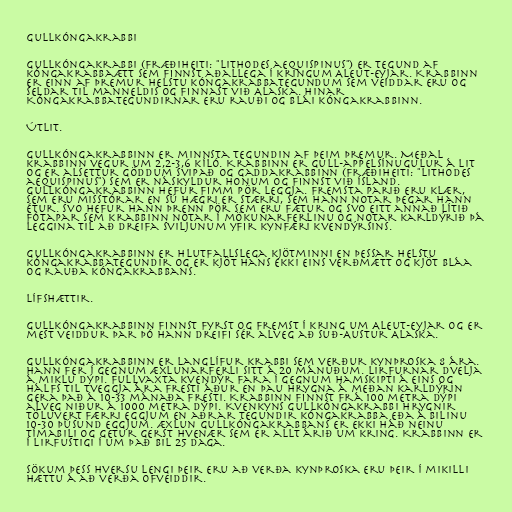
Gullkóngakrabbi

Gullkóngakrabbi (fræðiheiti: "Lithodes aequispinus") er tegund af
kóngakrabbaætt sem finnst aðallega í kringum Aleut-eyjar. Krabbinn
er einn af þremur helstu kóngakrabbategundum sem veiddar eru og
seldar til manneldis og finnast við Alaska. Hinar
Kóngakrabbategundirnar eru rauði og blái kóngakrabbinn.

Útlit.

Gullkóngakrabbinn er minnsta tegundin af þeim þremur. Meðal
krabbinn vegur um 2,2-3,6 kíló. Krabbinn er gull-appelsínugulur á lit
og er alsettur göddum svipað og gaddakrabbinn (fræðiheiti: "Lithodes
aequispinus") sem er náskyldur honum og finnst við Ísland.
Gullkóngakrabbinn hefur fimm pör leggja. Fremsta parið eru klær,
sem eru misstórar en sú hægri er stærri, sem hann notar þegar hann
étur. Svo hefur hann þrenn pör sem eru fætur og svo eitt annað lítið
fótapar sem krabbinn notar í mökunarferlinu og notar karldýrið þá
leggina til að dreifa sviljunum yfir kynfæri kvendýrsins.

Gullkóngakrabbinn er hlutfallslega kjötminni en þessar helstu
kóngakrabbategundir og er kjöt hans ekki eins verðmætt og kjöt bláa
og rauða kóngakrabbans.

Lífshættir.

Gullkóngakrabbinn finnst fyrst og fremst í kring um Aleut-eyjar og er
mest veiddur þar þó hann dreifi sér alveg að Suð-Austur Alaska.

Gullkóngakrabbinn er langlífur krabbi sem verður kynþroska 8 ára.
Hann fer í gegnum æxlunarferli sitt á 20 mánuðum. Lirfurnar dvelja
á miklu dýpi. Fullvaxta kvendýr fara í gegnum hamskipti á eins og
hálfs til tveggja ára fresti áður en þau hrygna á meðan karldýrin
gera það á 10-33 mánaða fresti. Krabbinn finnst frá 100 metra dýpi
alveg niður á 1000 metra dýpi. Kvenkyns Gullkóngakrabbi hrygnir
töluvert færri eggjum en aðrar tegundir kóngakrabba eða á bilinu
10-30 þúsund eggjum. Æxlun Gullkóngakrabbans er ekki háð neinu
tímabili og getur gerst hvenær sem er allt árið um kring. Krabbinn er
í lirfustigi í um það bil 25 daga.

Sökum þess hversu lengi þeir eru að verða kynþroska eru þeir í mikilli
hættu á að verða ofveiddir.